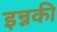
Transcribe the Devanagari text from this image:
इन्नकी